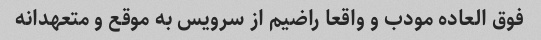
فوق العاده مودب و واقعا راضیم از سرویس به موقع و متعهدانه